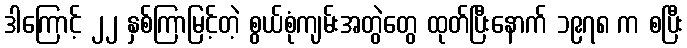
ဒါကြောင့် ၂၂ နှစ်ကြာမြင့်တဲ့ စွယ်စုံကျမ်းအတွဲတွေ ထုတ်ပြီးနောက် ၁၉၇၈ က စပြီး